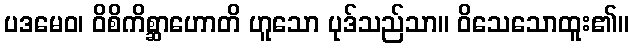
ပဒမေဝ၊ ဝိစိကိစ္ဆာဟောတိ ဟူသော ပုဒ်သည်သာ။ ဝိသေသောထူး၏။